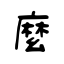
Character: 麼